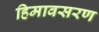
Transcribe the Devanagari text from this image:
हिमावसरण